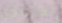
جوهري